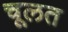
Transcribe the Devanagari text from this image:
चूलत